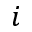
i